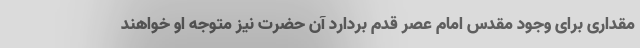
مقداری برای وجود مقدس امام عصر قدم بردارد آن حضرت نیز متوجه او خواهند